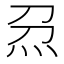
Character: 𱪰